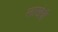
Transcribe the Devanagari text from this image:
लाखेची